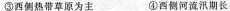
③西侧热带草原为主 ④西侧河流汛期长